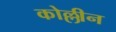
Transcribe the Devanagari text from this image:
कोल्लीन